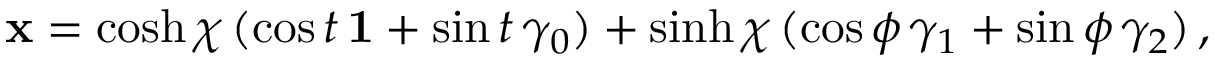
{ \bf x } = \cosh \chi \, ( \cos t \, { \bf 1 } + \sin t \, \gamma _ { 0 } ) + \sinh \chi \, ( \cos \phi \, \gamma _ { 1 } + \sin \phi \, \gamma _ { 2 } ) \, ,